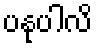
ပနုပါလိ